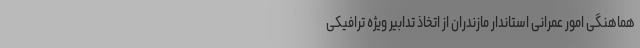
هماهنگی امور عمرانی استاندار مازندران از اتخاذ تدابیر ویژه ترافیکی